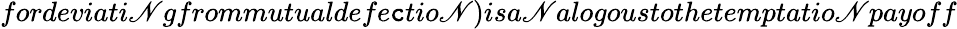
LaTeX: fordeviati\mathscr{N}gfrommutualdefe\mathtt{c}tio\mathscr{N})isa\mathscr{N}alogoustothetemptatio\mathscr{N}payoff